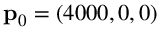
\mathbf { p } _ { 0 } = ( 4 0 0 0 , 0 , 0 )